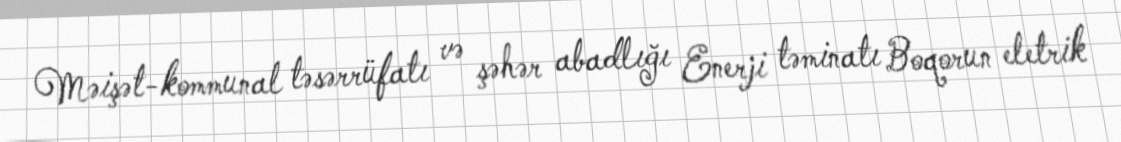
Məişət-kommunal təsərrüfatı və şəhər abadlığı Enerji təminatı Boqorun eletrik